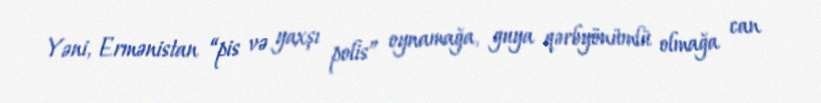
Yəni, Ermənistan “pis və yaxşı polis” oynamağa, guya qərbyönümlü olmağa can